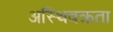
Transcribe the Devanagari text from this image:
अस्थिवक्रता